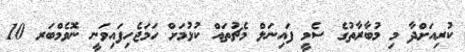
ކުރިއަށްދާ މި މުބާރާތުގެ ސެމީ ފައިނަލް މެޗުތައް ކުޅުމަށް ހަމަޖެހިފައިވަނީ ނޮވެމްބަރ 10